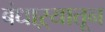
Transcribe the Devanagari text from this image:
बंधाऱ्यातून